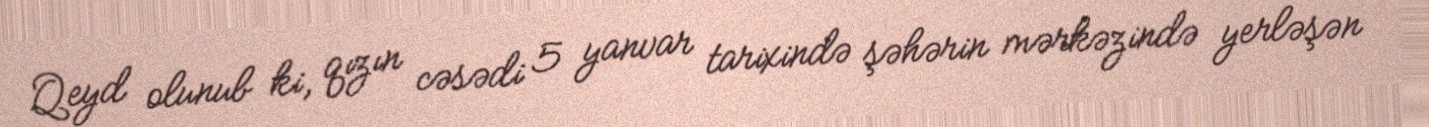
Qeyd olunub ki, qızın cəsədi 5 yanvar tarixində şəhərin mərkəzində yerləşən